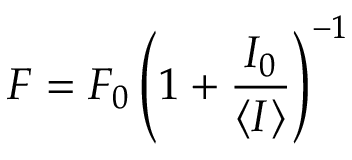
F = F _ { 0 } \left( 1 + \frac { I _ { 0 } } { \left< I \right> } \right) ^ { - 1 }